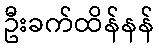
ဦးခက်ထိန်နန်